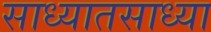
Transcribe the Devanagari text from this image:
साध्यातसाध्या